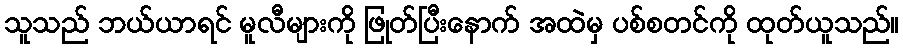
သူသည် ဘယ်ယာရင် မူလီများကို ဖြုတ်ပြီးနောက် အထဲမှ ပစ်စတင်ကို ထုတ်ယူသည်။